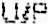
U/P